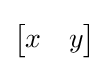
{\begin{bmatrix}x&y\end{bmatrix}}